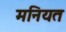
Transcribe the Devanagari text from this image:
मनियत